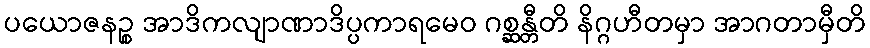
ပယောဇနဉ္စ အာဒိကလျာဏာဒိပ္ပကာရမေဝ ဂစ္ဆန္တီတိ နိဂ္ဂဟီတမှာ အာဂတာမှီတိ